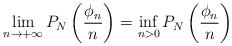
LaTeX: \begin{align*}\lim\limits_{n \to +\infty}P_{N}\left(\dfrac{\phi_n}{n}\right) = \inf\limits_{n > 0}P_{N}\left(\dfrac{\phi_n}{n}\right)\end{align*}